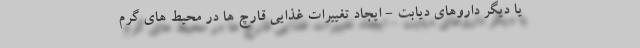
یا دیگر داروهای دیابت - ایجاد تغییرات غذایی قارچ ها در محیط های گرم